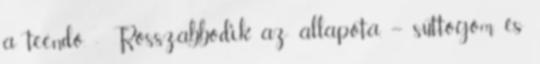
a teendő. - Rosszabbodik az állapota. – suttogom, és